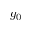
g _ { 0 }